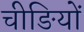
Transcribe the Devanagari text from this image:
चीङियों